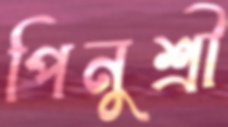
পিনুশ্রী